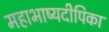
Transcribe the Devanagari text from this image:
महाभाष्यदीपिका